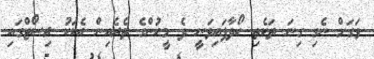
ވަގަށް ނެގި ގިނަ ތަކެތި ހޯދާފައިވަނީ ދެ މީހުންގެ ތެރެއިން އެކަކު ރިސޯޓްގައި